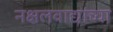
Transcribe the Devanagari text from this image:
नक्षलवाद्यांच्या